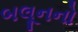
બલૂનનો